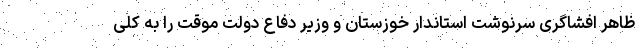
ظاهر افشاگری سرنوشت استاندار خوزستان و وزیر دفاع دولت موقت را به کلی